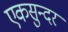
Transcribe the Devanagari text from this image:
एकसुन्दर